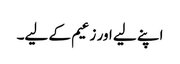
اپنے لیے اور زعیم کے لیے۔